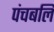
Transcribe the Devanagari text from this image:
पंचबलि